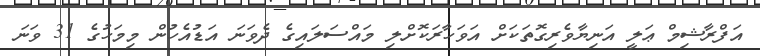
އަފްރާޝިމް ޢަލީ އަނިޔާވެރިގޮތަކަށް އަވަހާރަކޮށްލި މައްސަލައިގެ ދެވަނަ އަޑުއެހުން މިމަހުގެ 31 ވަނަ